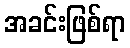
အခင်းဖြစ်ရာ